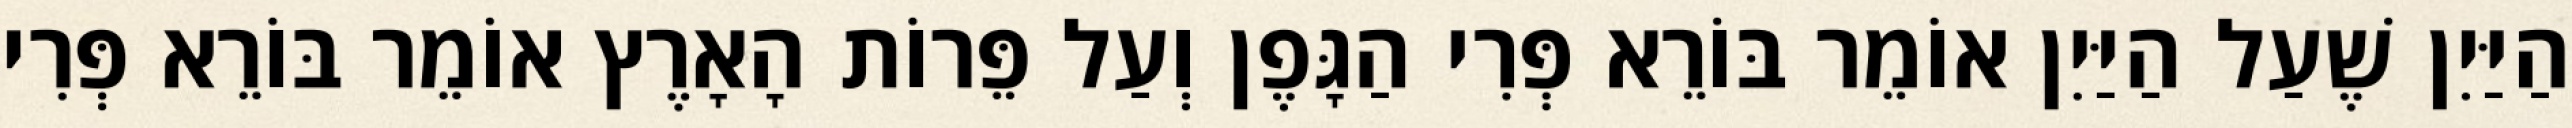
הַיַּיִן שֶׁעַל הַיַּיִן אוֹמֵר בּוֹרֵא פְּרִי הַגָּפֶן וְעַל פֵּרוֹת הָאָרֶץ אוֹמֵר בּוֹרֵא פְּרִי